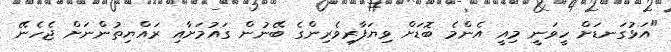
"އަޅުގަނޑަށް ހީވަނީ މިއީ އެންމެ ބޮޑަށް ވިޔަފާރިވެރިންގެ ބޭނުން ގައުމަށާއި ރައްޔިތުންނަށް ޖެހެނޭ